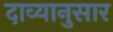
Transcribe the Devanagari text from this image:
दाव्यानुसार